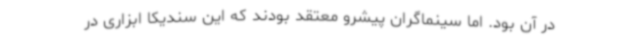
در آن بود. اما سینماگران پیشرو معتقد بودند که این سندیکا ابزاری در